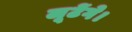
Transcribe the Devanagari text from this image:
लूटेंगे।